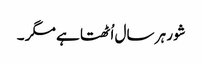
شور ہر سال اُٹھتا ہے مگر ۔